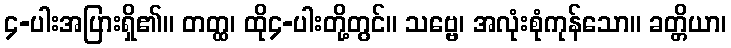
၄-ပါးအပြားရှိ၏။ တတ္ထ၊ ထို၄-ပါးတို့တွင်။ သဗ္ဗေ၊ အလုံးစုံကုန်သော။ ခတ္တိယာ၊